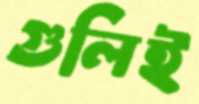
গুলিই